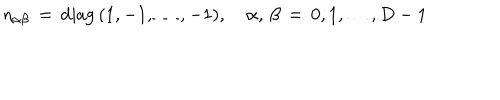
\eta _ { \alpha \beta } \, = \, \mathrm { d i a g } \, ( 1 , - 1 , \ldots , - 1 ) , \quad \alpha , \, \beta \, = \, 0 , 1 , \ldots , D - 1